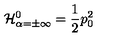
{ \cal H } _ { \alpha = \pm \infty } ^ { 0 } = { \frac { 1 } { 2 } } p _ { 0 } ^ { 2 }